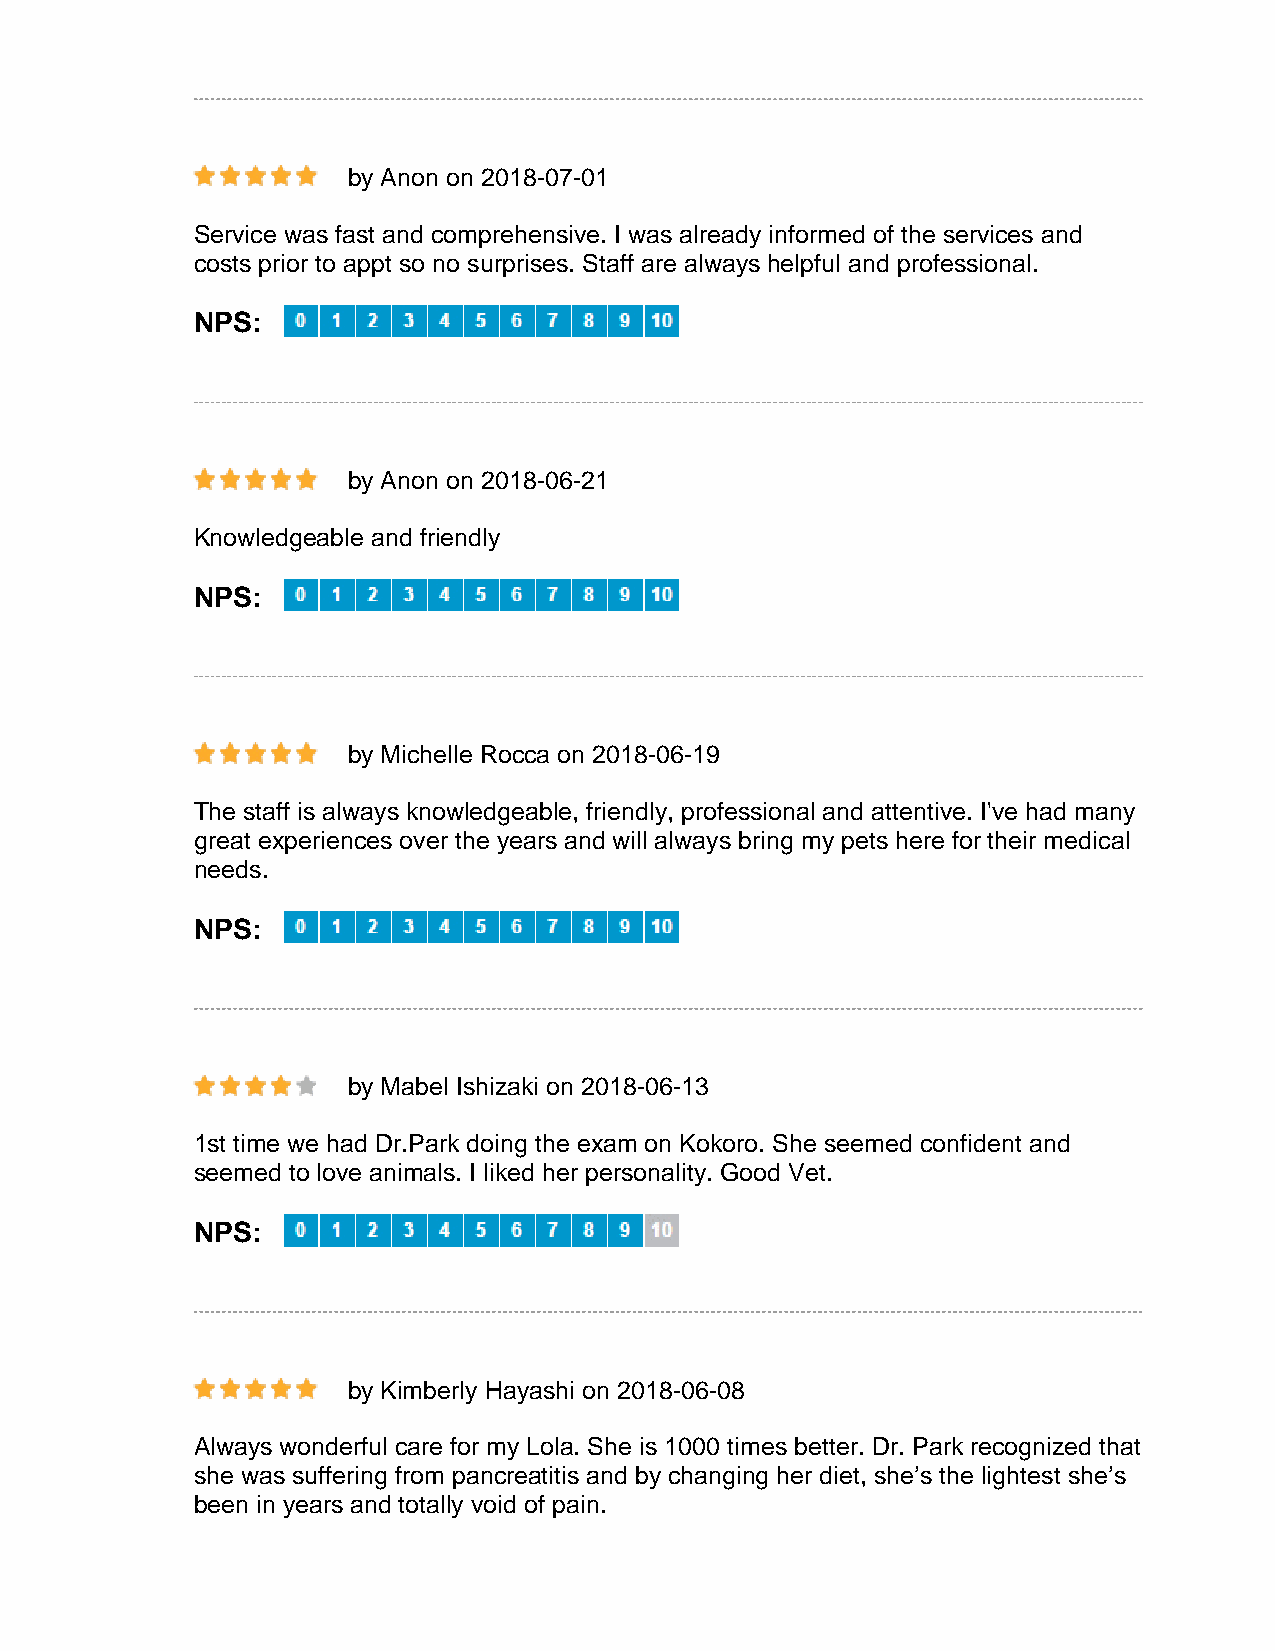
by Anon on 2018-07-01
 Service was fast and comprehensive. I was already informed of the services and
 costs prior to appt so no surprises. Staff are always helpful and professional.
 NPS:
 by Anon on 2018-06-21
 Knowledgeable and friendly
 NPS:
 by Michelle Rocca on 2018-06-19
 The staff is always knowledgeable, friendly, professional and attentive. I've had many
 great experiences over the years and will always bring my pets here for their medical
 needs.
 NPS:
 by Mabel Ishizaki on 2018-06-13
 1st time we had Dr.Park doing the exam on Kokoro. She seemed confident and
 seemed to love animals. I liked her personality. Good Vet.
 NPS:
 by Kimberly Hayashi on 2018-06-08
 Always wonderful care for my Lola. She is 1000 times better. Dr. Park recognized that
 she was suffering from pancreatitis and by changing her diet, she’s the lightest she’s
 been in years and totally void of pain.